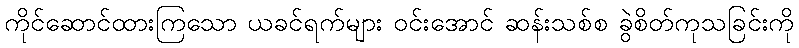
ကိုင်ဆောင်ထားကြသော ယခင်ရက်များ ဝင်းအောင် ဆန်းသစ်စ ခွဲစိတ်ကုသခြင်းကို